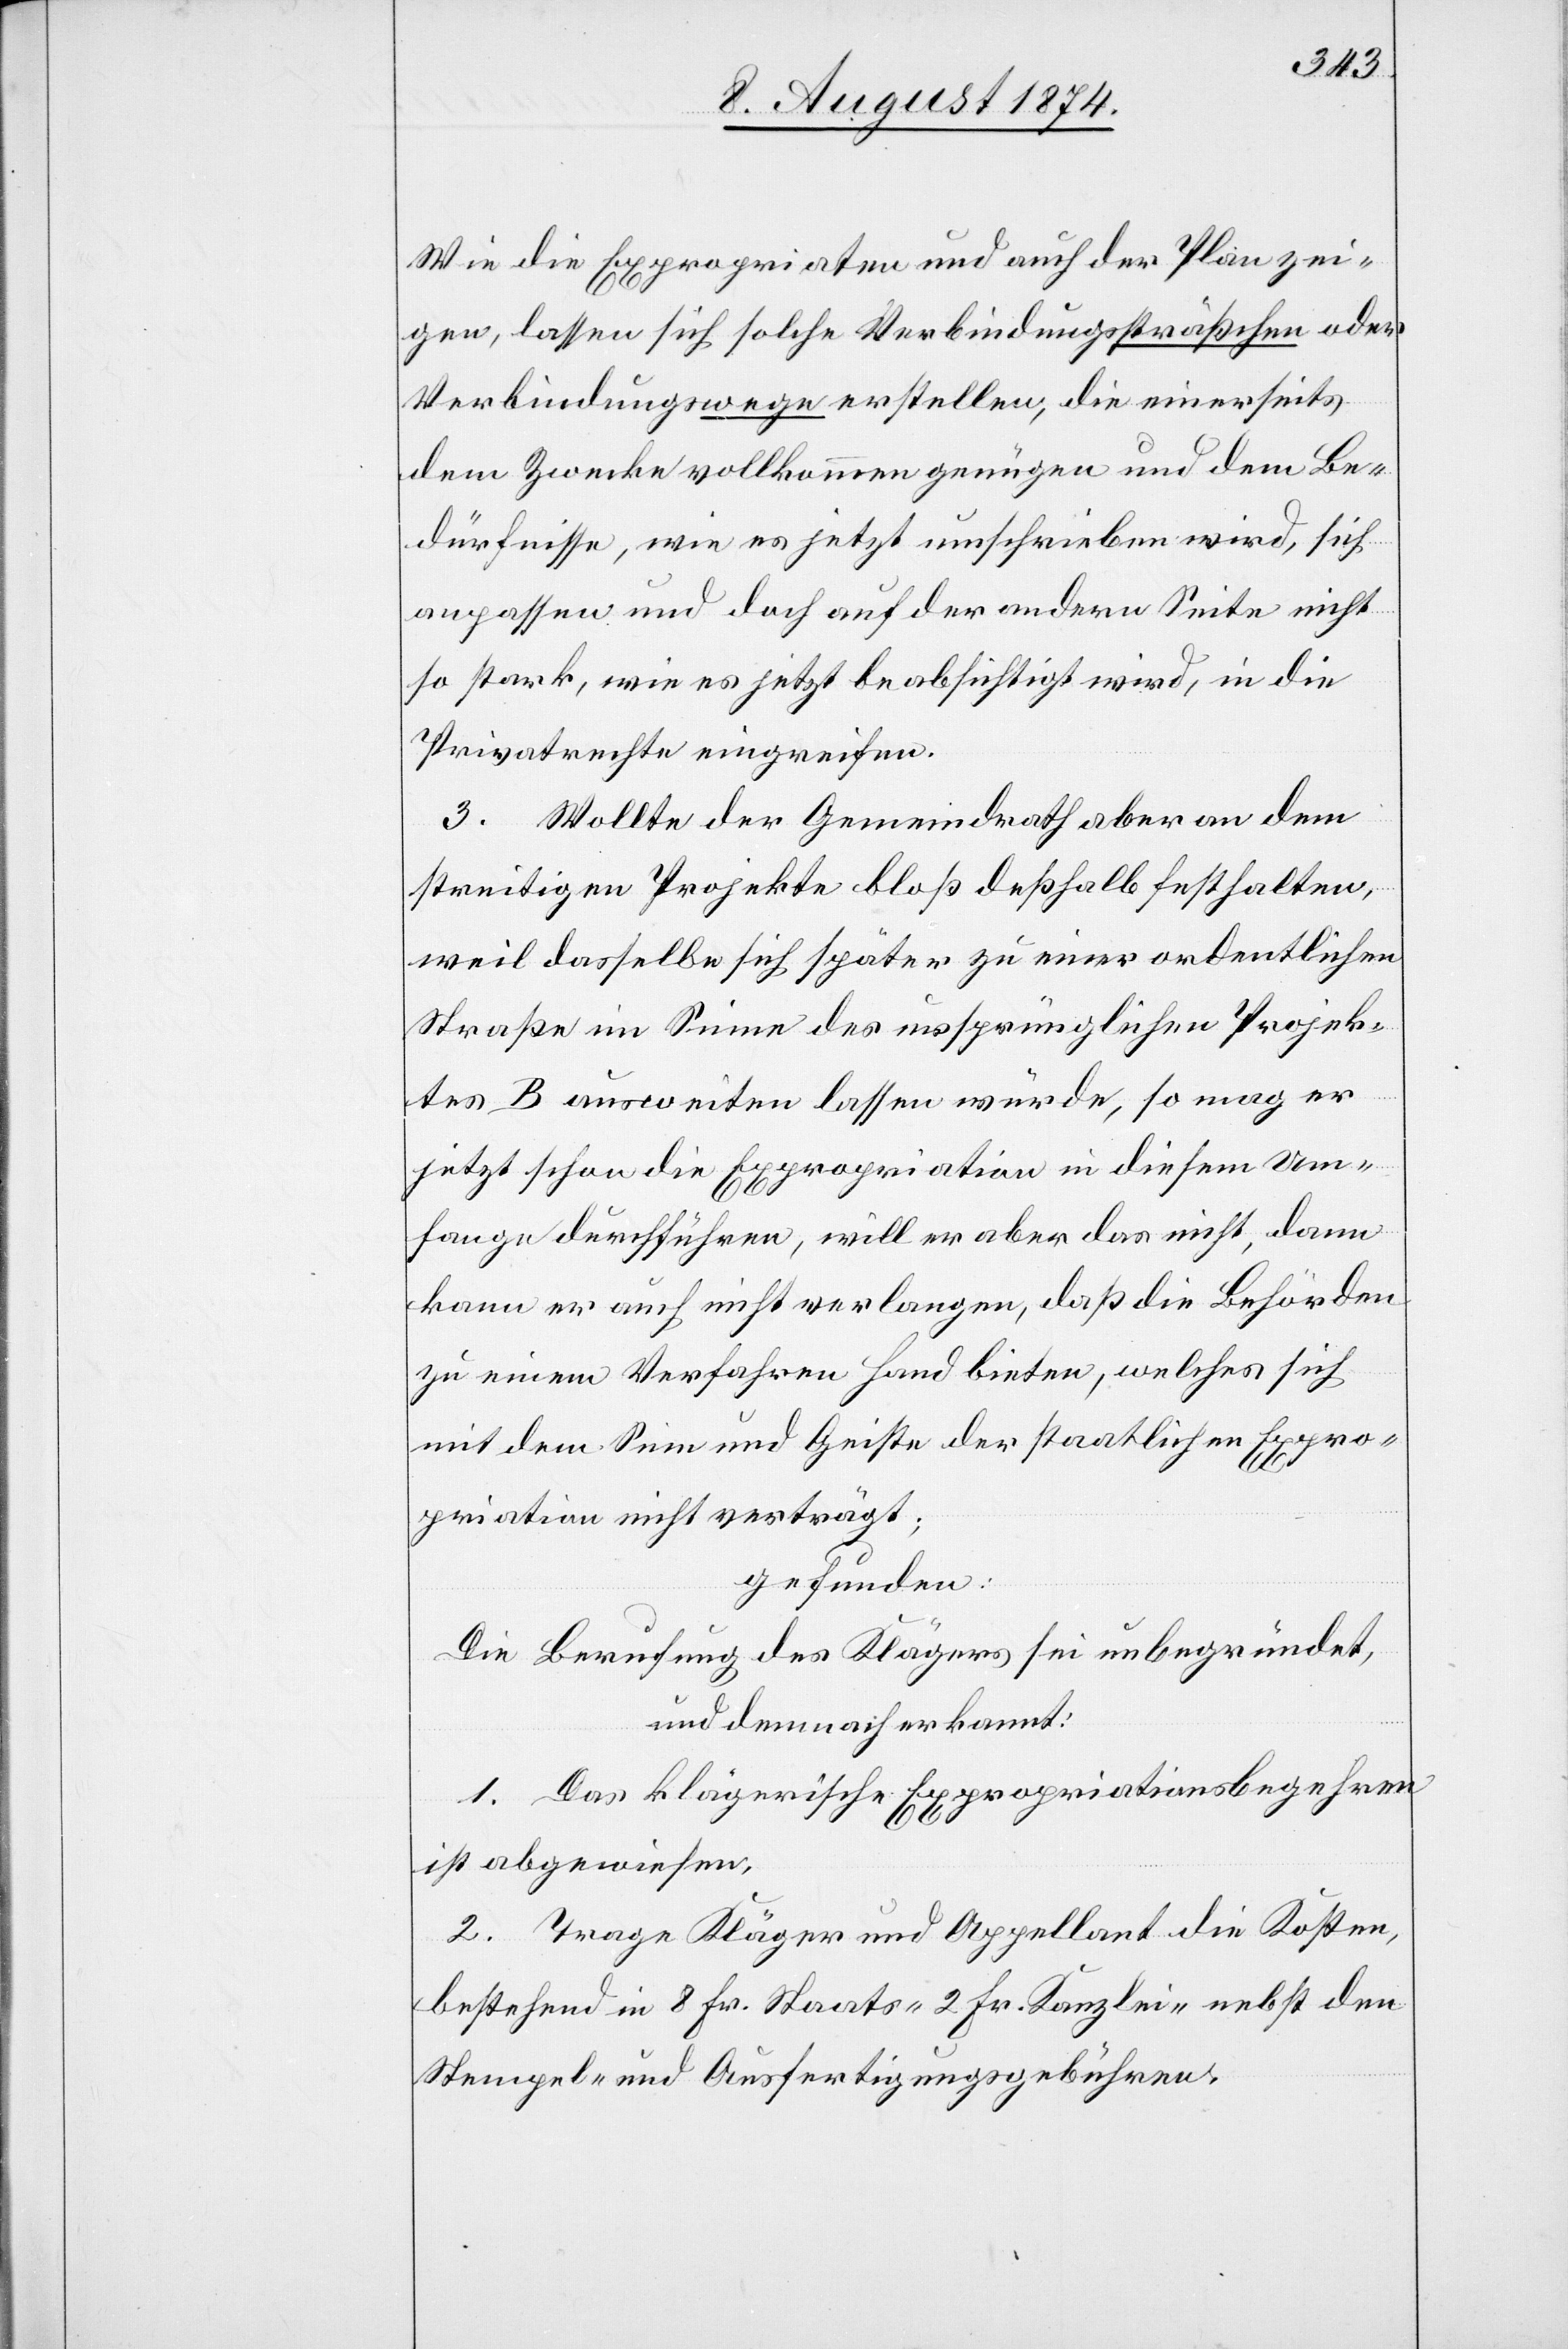
Wie die Expropriaten und auch der Plan zei¬
gen, lassen sich solche Verbindungssträßchen oder
Verbindungswege erstellen, die einerseits
dem Zwecke vollkommen genügen und dem Be¬
dürfnisse, wie es jetzt umschrieben wird, sich
anpassen und doch auf der andern Seite nicht
so stark, wie es jetzt beabsichtigt wird, in die
Privatrechte eingreifen.
3. Wollte der Gemeindrath aber an dem
streitigen Projekte bloß deßhalb festhalten,
weil dasselbe sich später zu einer ordentlichen
Straße im Sinne des ursprünglichen Projek¬
tes B ausweiten lassen würde, so mag er
jetzt schon die Expropriation in diesem Um¬
fange durchführen, will er aber das nicht, dann
kann er auch nicht verlangen, daß die Behörden
zu einem Verfahren Hand bieten, welches sich
mit dem Sinn und Geiste der staatlichen Expro¬
priation nicht verträgt;
gefunden:
Die Berufung des Klägers sei unbegründet,
und demnach erkannt:
1. Das klägerische Expropriationsbegehren
ist abgewiesen.
2. Trage Kläger und Appellant die Kosten,
bestehend in 8 Fr. Staats- [,] 2 Fr. Kanzlei- nebst den
Stempel- und Ausfertigungsgebühren.